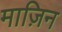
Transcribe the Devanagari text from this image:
माज़िन